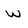
Character: w